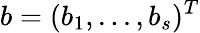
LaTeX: b=(b_{1},...,b_{s})^{T}